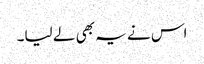
اس نے یہ بھی لے لیا۔